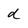
Character: d